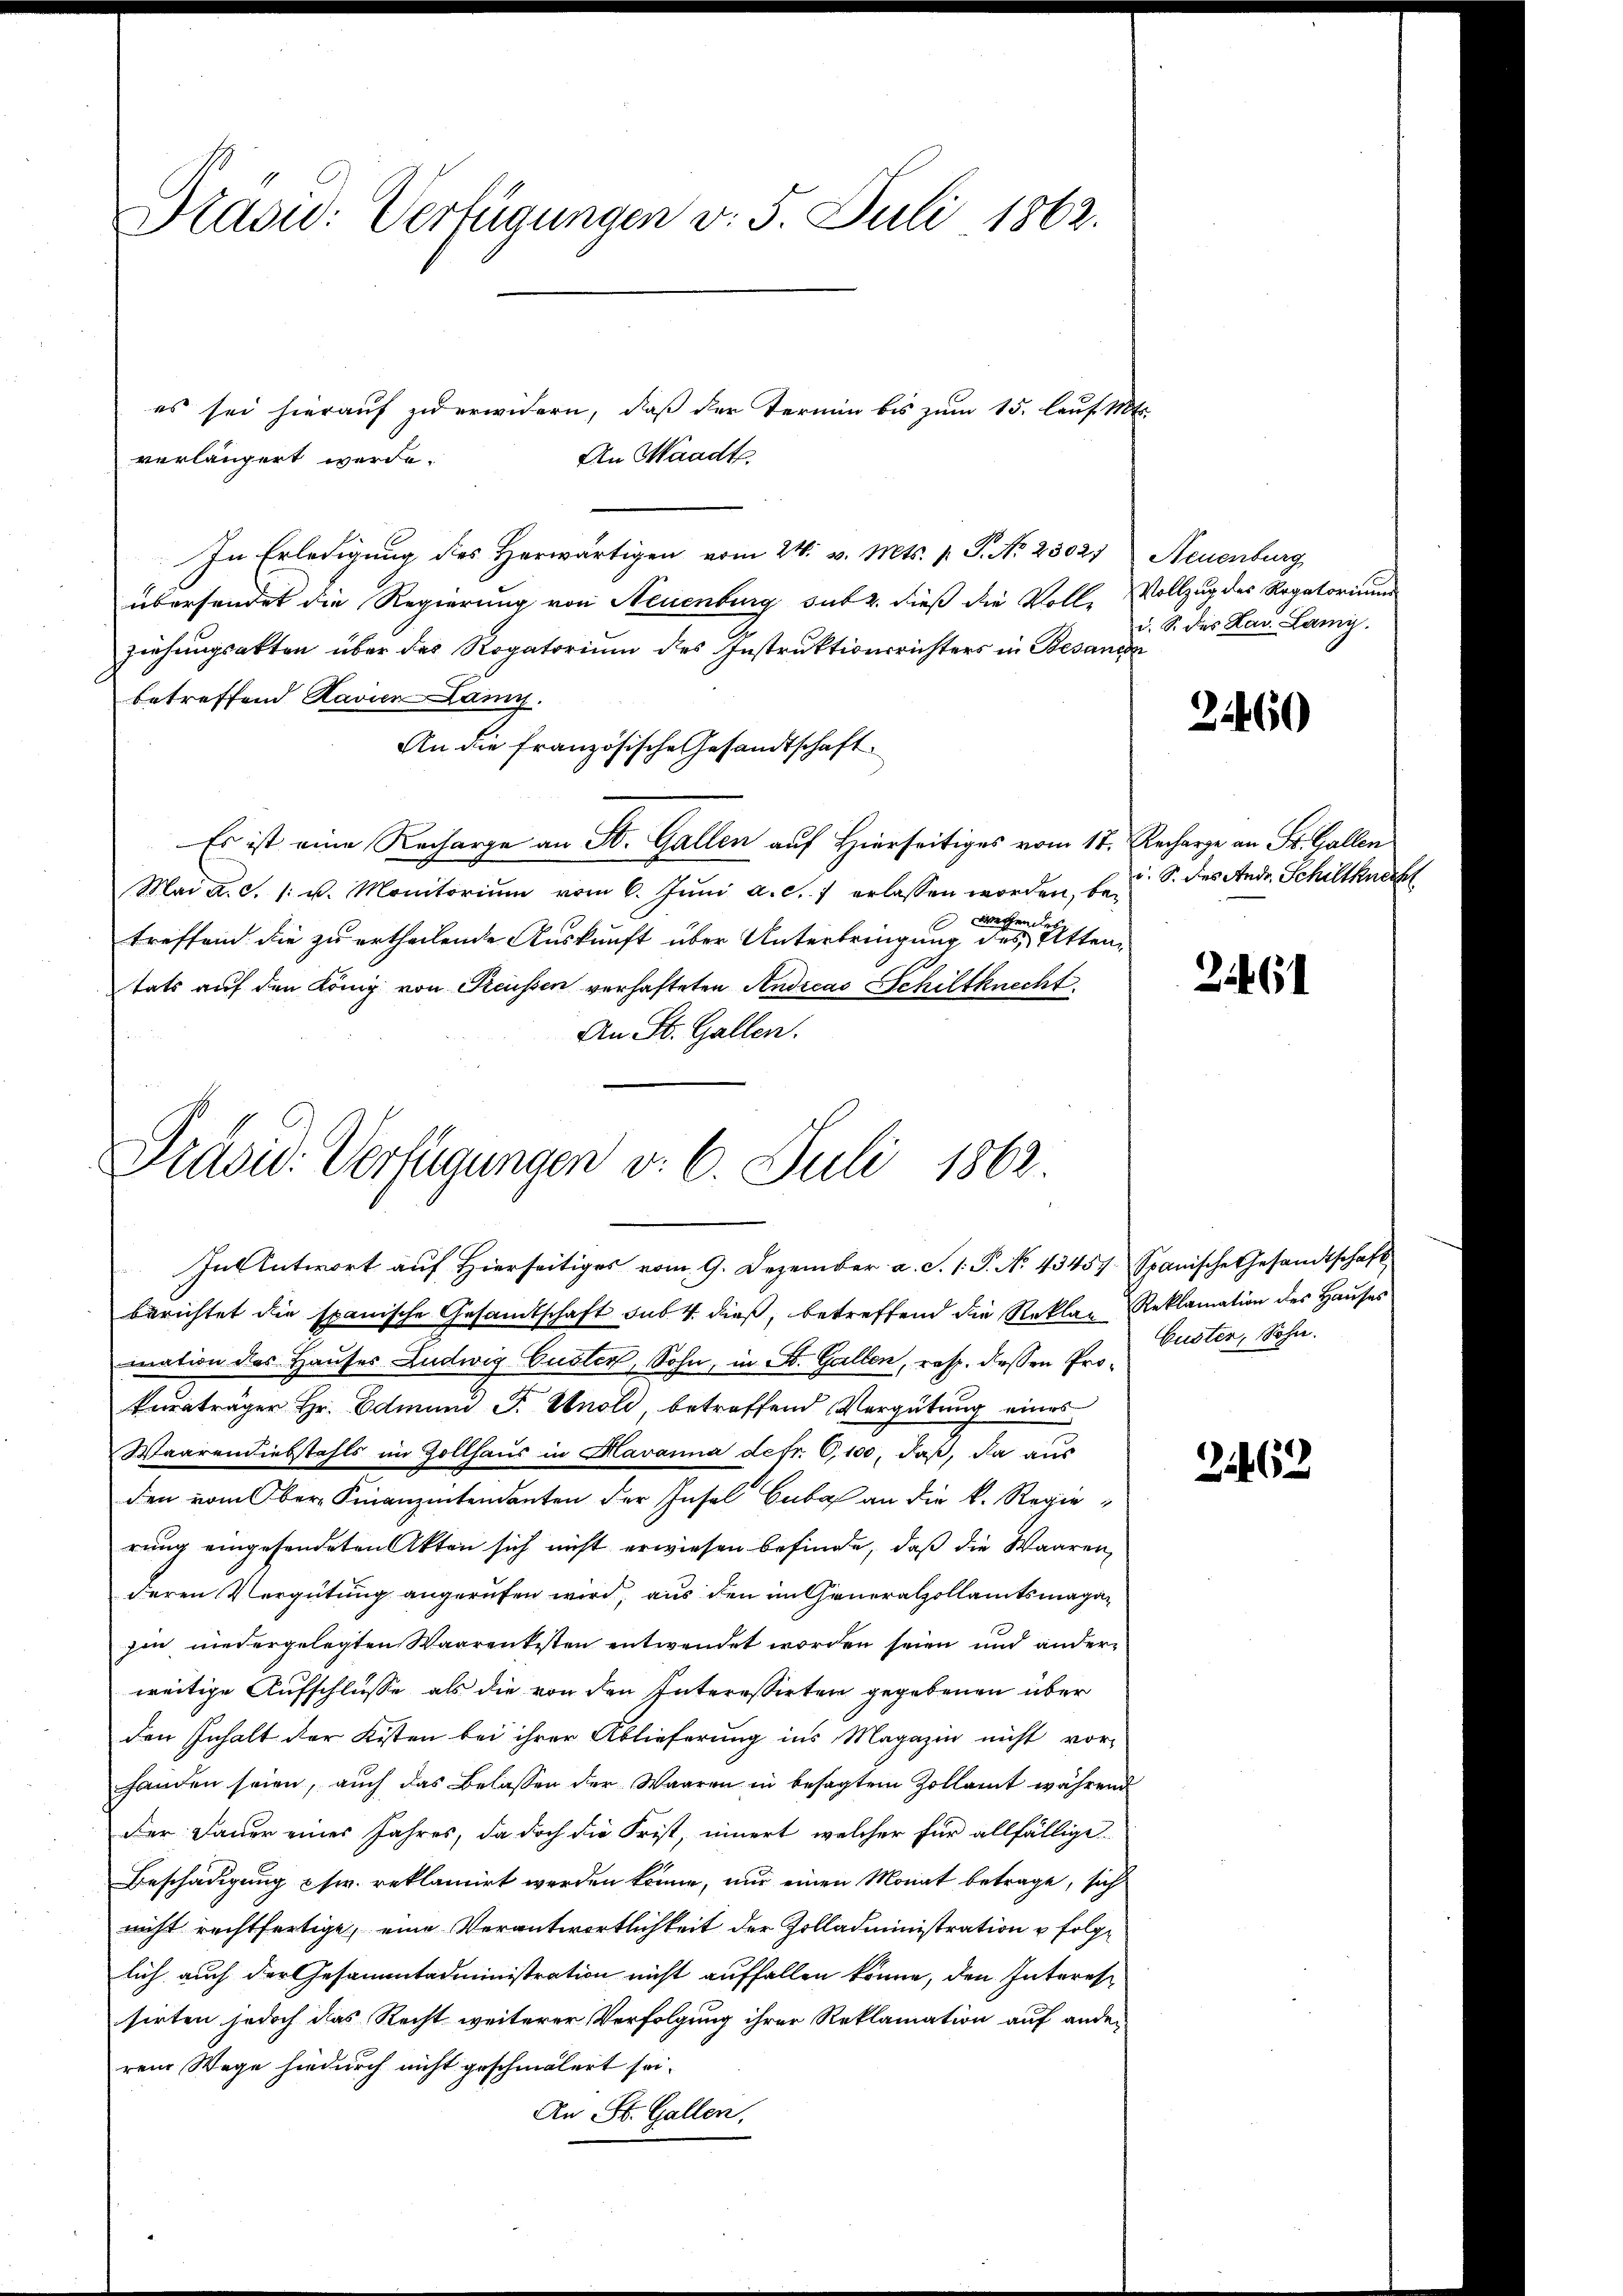
Praow: Verfügungen v. 5. Juli 1862.

es sei hierauf zu erwidern, daß der Termin bis zum 15. lauf. Mts.
An Waadt.
verlängert werde.
In Erledigung des Herwärtigen vom 24. v. Mts. p. P. Nr. 23027) Neuenburg
übersendet die Regierung von Neuenburg sub 2. dieß die Volle Vollzug des Rogatorium
ziehungsakten über das Rogatorium des Instruktionsrichters in Besanen
betreffend Ravien Lany.
An die französische Gesandtschaft.
Es ist eine Recharge an St. Gallen auf Hierseitiges vom 17. Recharge an St. Gallen
Mai a.c. s. u. Monitoriŭm vom 6. Jŭni a. c. 7 erlassen worden, be-
weren des
treffend die zu ertheilende Auskunft über Unterbringung des Attentats auf den König von Reussen verhafteten Andicas Schiltknecht.
An St. Gallen.

Präsid. Verfügungen v. 6. Juli 1862
In Antwort auf Hierseitiges vom 9. Dezember a. S. 1. P. No. 43457. Spanische Gesandtschaft

berichtet die spanische Gesandtschaft sub. 4. dieß, betreffend die Reklag-Reklamation des Haŭses
mation des Hauses Ludwig Cusler, Sohn, in A. Gallen, resp. dessen Proturträger Hr. Edmund F. Knoli, betreffend Vergütung eines
Waarendiebstahls im Zollhaus in Havanna defr. C,100, daß, da aus
den vom Ober Finanzentendanten der Insel Guba an die k. Regierung eingesendeten Akten sich nicht erwiesen befinde, daß die Waaren
deren Vergütung angerufen wird, aus den im Generalzollamtsmaga
hin niedergelegten Waarenkisten entwendet worden seien und anderweitige Aufschlüsse als die von den Interessirten gegebenen über
den Inhalt der Kisten bei ihrer Ablieferung ins Magazin nicht vor-
handen seien, auch das Belassen der Waaren in besagtem Zollamt während
Der Dauer eines Jahres, da doch die Frist, innert welcher für allfällige
Beschädigung usw. reklamirt werden könne, nur einen Monat betrage, sich
nicht rechtfertige, eine Verantwortlichkeit der Zolladministration u folge
lich auch der Gesammtadministration nicht auffallen könne, den Interessirten jedoch das Recht weiterer Verfolgung ihrer Reklamation auf ander-
ren Wege hiedurch nicht geschmälert sei.
An St. Gallen.

d. S. des Lad Lang.

22460

i. S. des Andr. Schiltknech

21461

Custer, Sohn.

21462